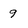
Character: 9